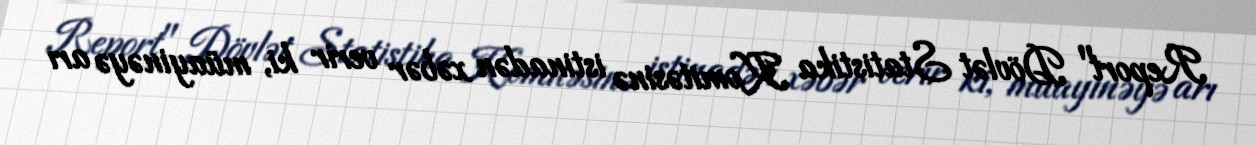
Report" Dövlət Statistika Komitəsinə istinadən xəbər verir ki, müayinəyə arı